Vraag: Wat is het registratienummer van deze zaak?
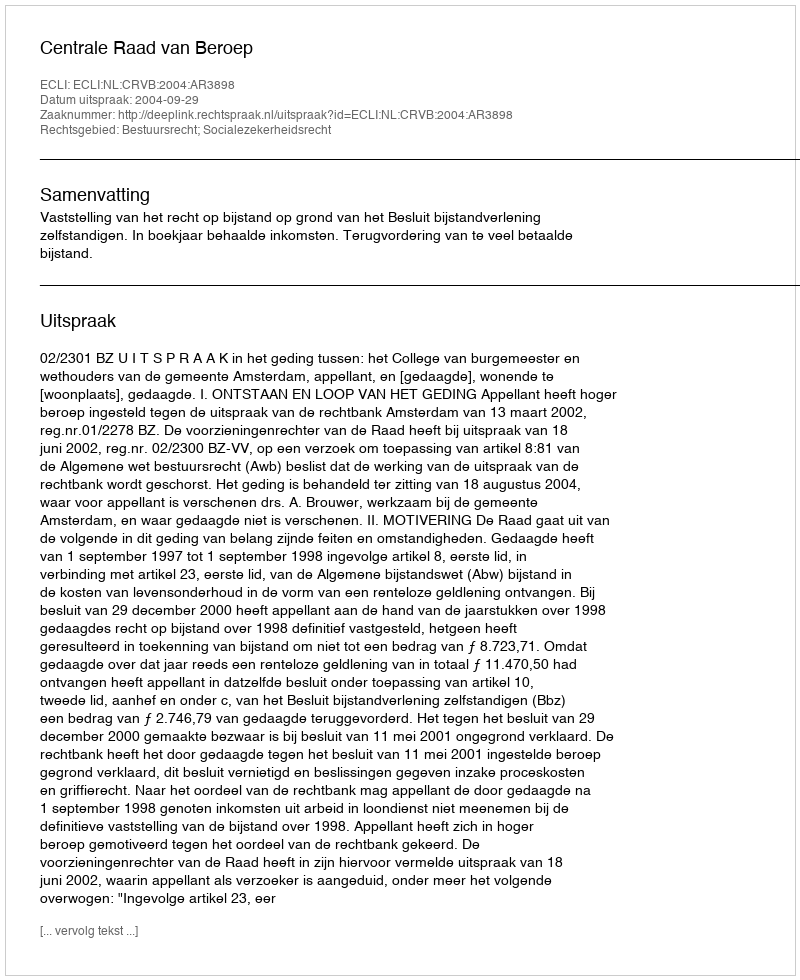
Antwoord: http://deeplink.rechtspraak.nl/uitspraak?id=ECLI:NL:CRVB:2004:AR3898